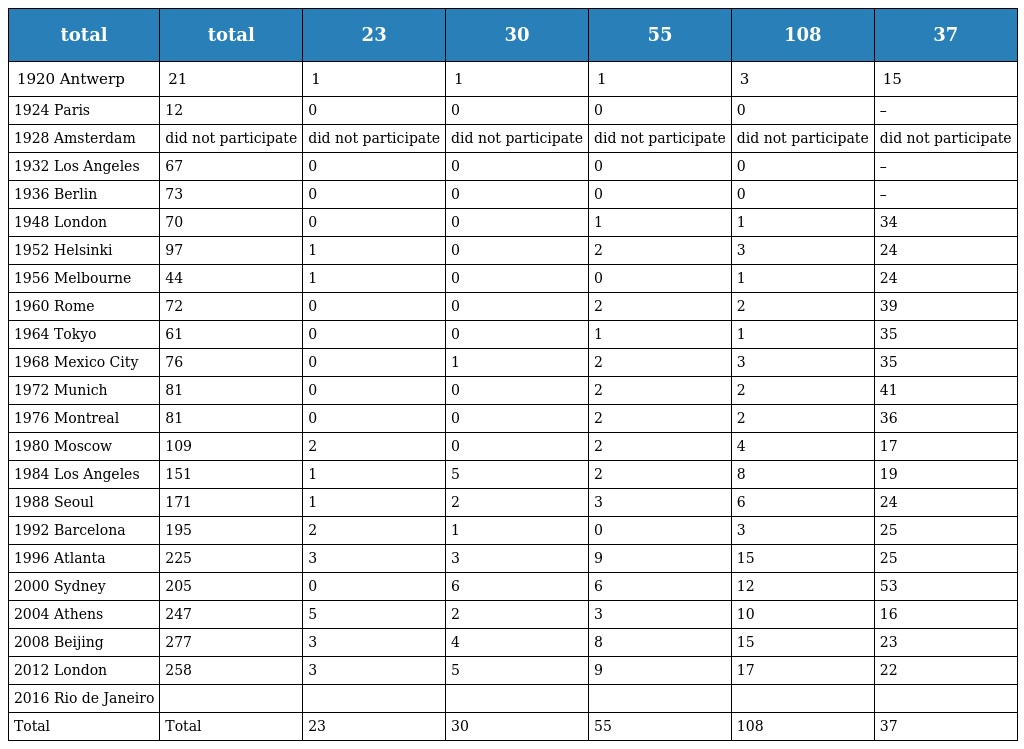
| total | total | 23 | 30 | 55 | 108 | 37 |
 | --- | --- | --- | --- | --- | --- | --- |
 | 1920 Antwerp | 21 | 1 | 1 | 1 | 3 | 15 |
 | 1924 Paris | 12 | 0 | 0 | 0 | 0 | – |
 | 1928 Amsterdam | did not participate | did not participate | did not participate | did not participate | did not participate | did not participate |
 | 1932 Los Angeles | 67 | 0 | 0 | 0 | 0 | – |
 | 1936 Berlin | 73 | 0 | 0 | 0 | 0 | – |
 | 1948 London | 70 | 0 | 0 | 1 | 1 | 34 |
 | 1952 Helsinki | 97 | 1 | 0 | 2 | 3 | 24 |
 | 1956 Melbourne | 44 | 1 | 0 | 0 | 1 | 24 |
 | 1960 Rome | 72 | 0 | 0 | 2 | 2 | 39 |
 | 1964 Tokyo | 61 | 0 | 0 | 1 | 1 | 35 |
 | 1968 Mexico City | 76 | 0 | 1 | 2 | 3 | 35 |
 | 1972 Munich | 81 | 0 | 0 | 2 | 2 | 41 |
 | 1976 Montreal | 81 | 0 | 0 | 2 | 2 | 36 |
 | 1980 Moscow | 109 | 2 | 0 | 2 | 4 | 17 |
 | 1984 Los Angeles | 151 | 1 | 5 | 2 | 8 | 19 |
 | 1988 Seoul | 171 | 1 | 2 | 3 | 6 | 24 |
 | 1992 Barcelona | 195 | 2 | 1 | 0 | 3 | 25 |
 | 1996 Atlanta | 225 | 3 | 3 | 9 | 15 | 25 |
 | 2000 Sydney | 205 | 0 | 6 | 6 | 12 | 53 |
 | 2004 Athens | 247 | 5 | 2 | 3 | 10 | 16 |
 | 2008 Beijing | 277 | 3 | 4 | 8 | 15 | 23 |
 | 2012 London | 258 | 3 | 5 | 9 | 17 | 22 |
 | 2016 Rio de Janeiro |  |  |  |  |  |  |
 | Total | Total | 23 | 30 | 55 | 108 | 37 |